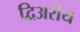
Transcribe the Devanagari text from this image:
द्विअरीय